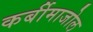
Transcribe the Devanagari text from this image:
कर्बीमाजोल